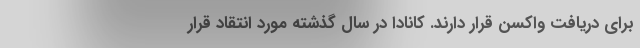
برای دریافت واکسن قرار دارند. کانادا در سال گذشته مورد انتقاد قرار